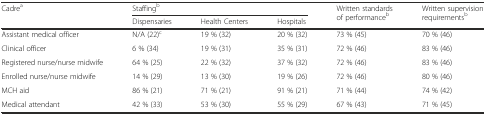
<table><thead><tr><td rowspan="2"><b>Cadre<sup>a</sup></b></td><td colspan="3"><b>Staffing<sup>b</sup></b></td><td rowspan="2"><b>Written standards of performance<sup>b</sup></b></td><td rowspan="2"><b>Written supervision requirements<sup>b</sup></b></td></tr><tr><td><b>Dispensaries</b></td><td><b>Health Centers</b></td><td><b>Hospitals</b></td></tr></thead><tbody><tr><td>Assistant medical officer</td><td>N/A (22)<sup>c</sup></td><td>19 % (32)</td><td>20 % (32)</td><td>73 % (45)</td><td>70 % (46)</td></tr><tr><td>Clinical officer</td><td>6 % (34)</td><td>19 % (31)</td><td>35 % (31)</td><td>72 % (46)</td><td>83 % (46)</td></tr><tr><td>Registered nurse/nurse midwife</td><td>64 % (25)</td><td>22 % (32)</td><td>37 % (32)</td><td>72 % (46)</td><td>83 % (46)</td></tr><tr><td>Enrolled nurse/nurse midwife</td><td>14 % (29)</td><td>13 % (30)</td><td>19 % (26)</td><td>72 % (46)</td><td>80 % (46)</td></tr><tr><td>MCH aid</td><td>86 % (21)</td><td>71 % (21)</td><td>91 % (21)</td><td>71 % (44)</td><td>74 % (42)</td></tr><tr><td>Medical attendant</td><td>42 % (33)</td><td>53 % (30)</td><td>55 % (29)</td><td>67 % (43)</td><td>71 % (45)</td></tr></tbody></table>